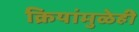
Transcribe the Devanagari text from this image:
क्रियांमुळेही